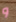
و